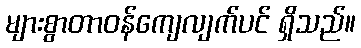
များစွာတာဝန်ကျေလျက်ပင် ရှိသည်။